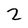
Character: 2